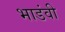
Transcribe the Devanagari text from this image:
भाडंवी